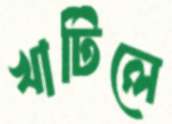
খাটিলে